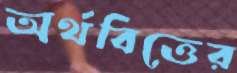
অর্থবিত্তের